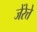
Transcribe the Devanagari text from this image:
जेंरेत्ते